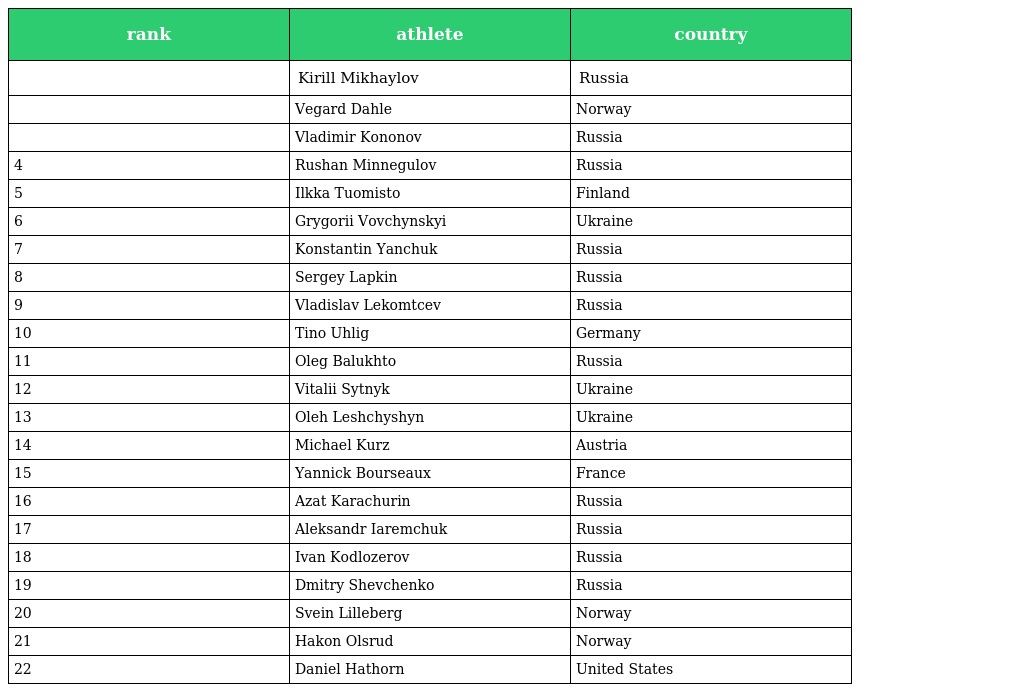
| rank | athlete | country |
 | --- | --- | --- |
 |  | Kirill Mikhaylov | Russia |
 |  | Vegard Dahle | Norway |
 |  | Vladimir Kononov | Russia |
 | 4 | Rushan Minnegulov | Russia |
 | 5 | Ilkka Tuomisto | Finland |
 | 6 | Grygorii Vovchynskyi | Ukraine |
 | 7 | Konstantin Yanchuk | Russia |
 | 8 | Sergey Lapkin | Russia |
 | 9 | Vladislav Lekomtcev | Russia |
 | 10 | Tino Uhlig | Germany |
 | 11 | Oleg Balukhto | Russia |
 | 12 | Vitalii Sytnyk | Ukraine |
 | 13 | Oleh Leshchyshyn | Ukraine |
 | 14 | Michael Kurz | Austria |
 | 15 | Yannick Bourseaux | France |
 | 16 | Azat Karachurin | Russia |
 | 17 | Aleksandr Iaremchuk | Russia |
 | 18 | Ivan Kodlozerov | Russia |
 | 19 | Dmitry Shevchenko | Russia |
 | 20 | Svein Lilleberg | Norway |
 | 21 | Hakon Olsrud | Norway |
 | 22 | Daniel Hathorn | United States |